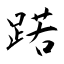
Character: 蹃